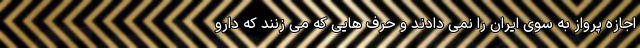
اجازه پرواز به سوی ایران را نمی دادند و حرف هایی که می زنند که دارو